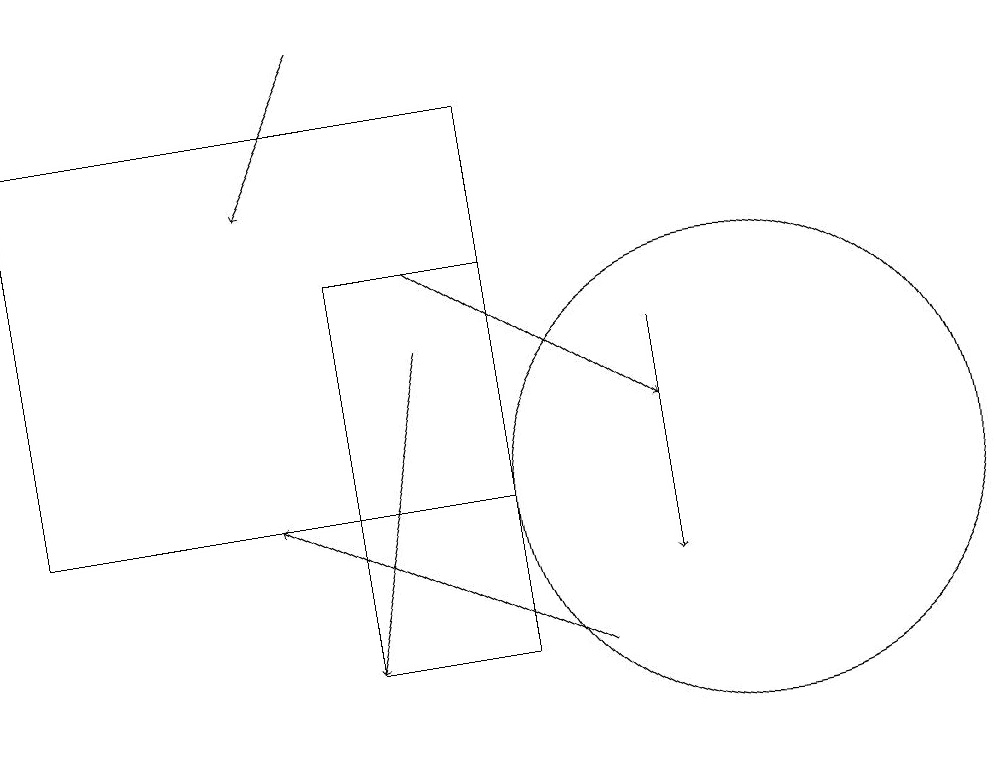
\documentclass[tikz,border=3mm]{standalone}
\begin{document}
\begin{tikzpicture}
\draw (7,15) rectangle (5,10);
\draw[->] (5,18) -- (4,16);
\draw (10,12) circle (3);
\draw[->] (9,14) -- (9,11);
\draw (1,17) rectangle (7,12);
\draw[->] (6,14) -- (5,10);
\draw[->] (8,10) -- (4,12);
\draw[->] (6,15) -- (9,13);
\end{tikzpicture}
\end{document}